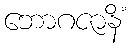
ဘောဂဇာနိံ